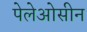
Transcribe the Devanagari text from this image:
पेलेओसीन